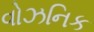
વોઝનિક